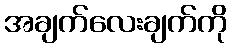
အချက်လေးချက်ကို